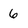
Character: 6